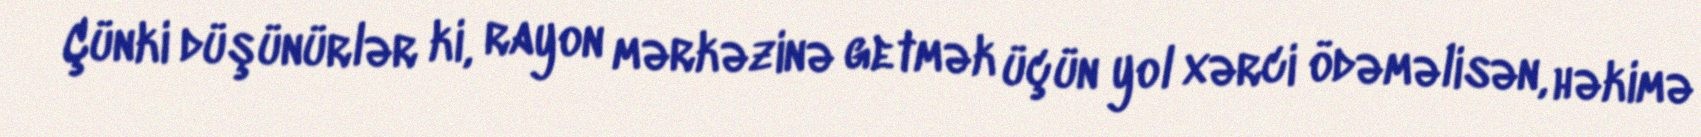
Çünki düşünürlər ki, rayon mərkəzinə getmək üçün yol xərci ödəməlisən, həkimə